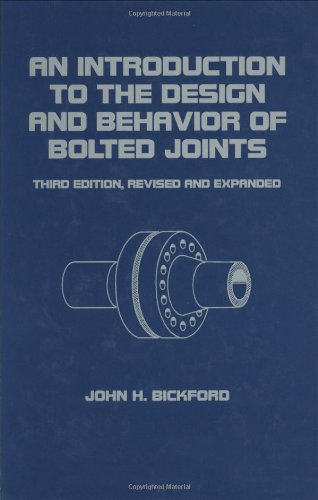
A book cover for An Introduction to the Design and Behavior of Bolted Joints (Mechanical Engineering, Volume 97); John Bickford; Engineering & Transportation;